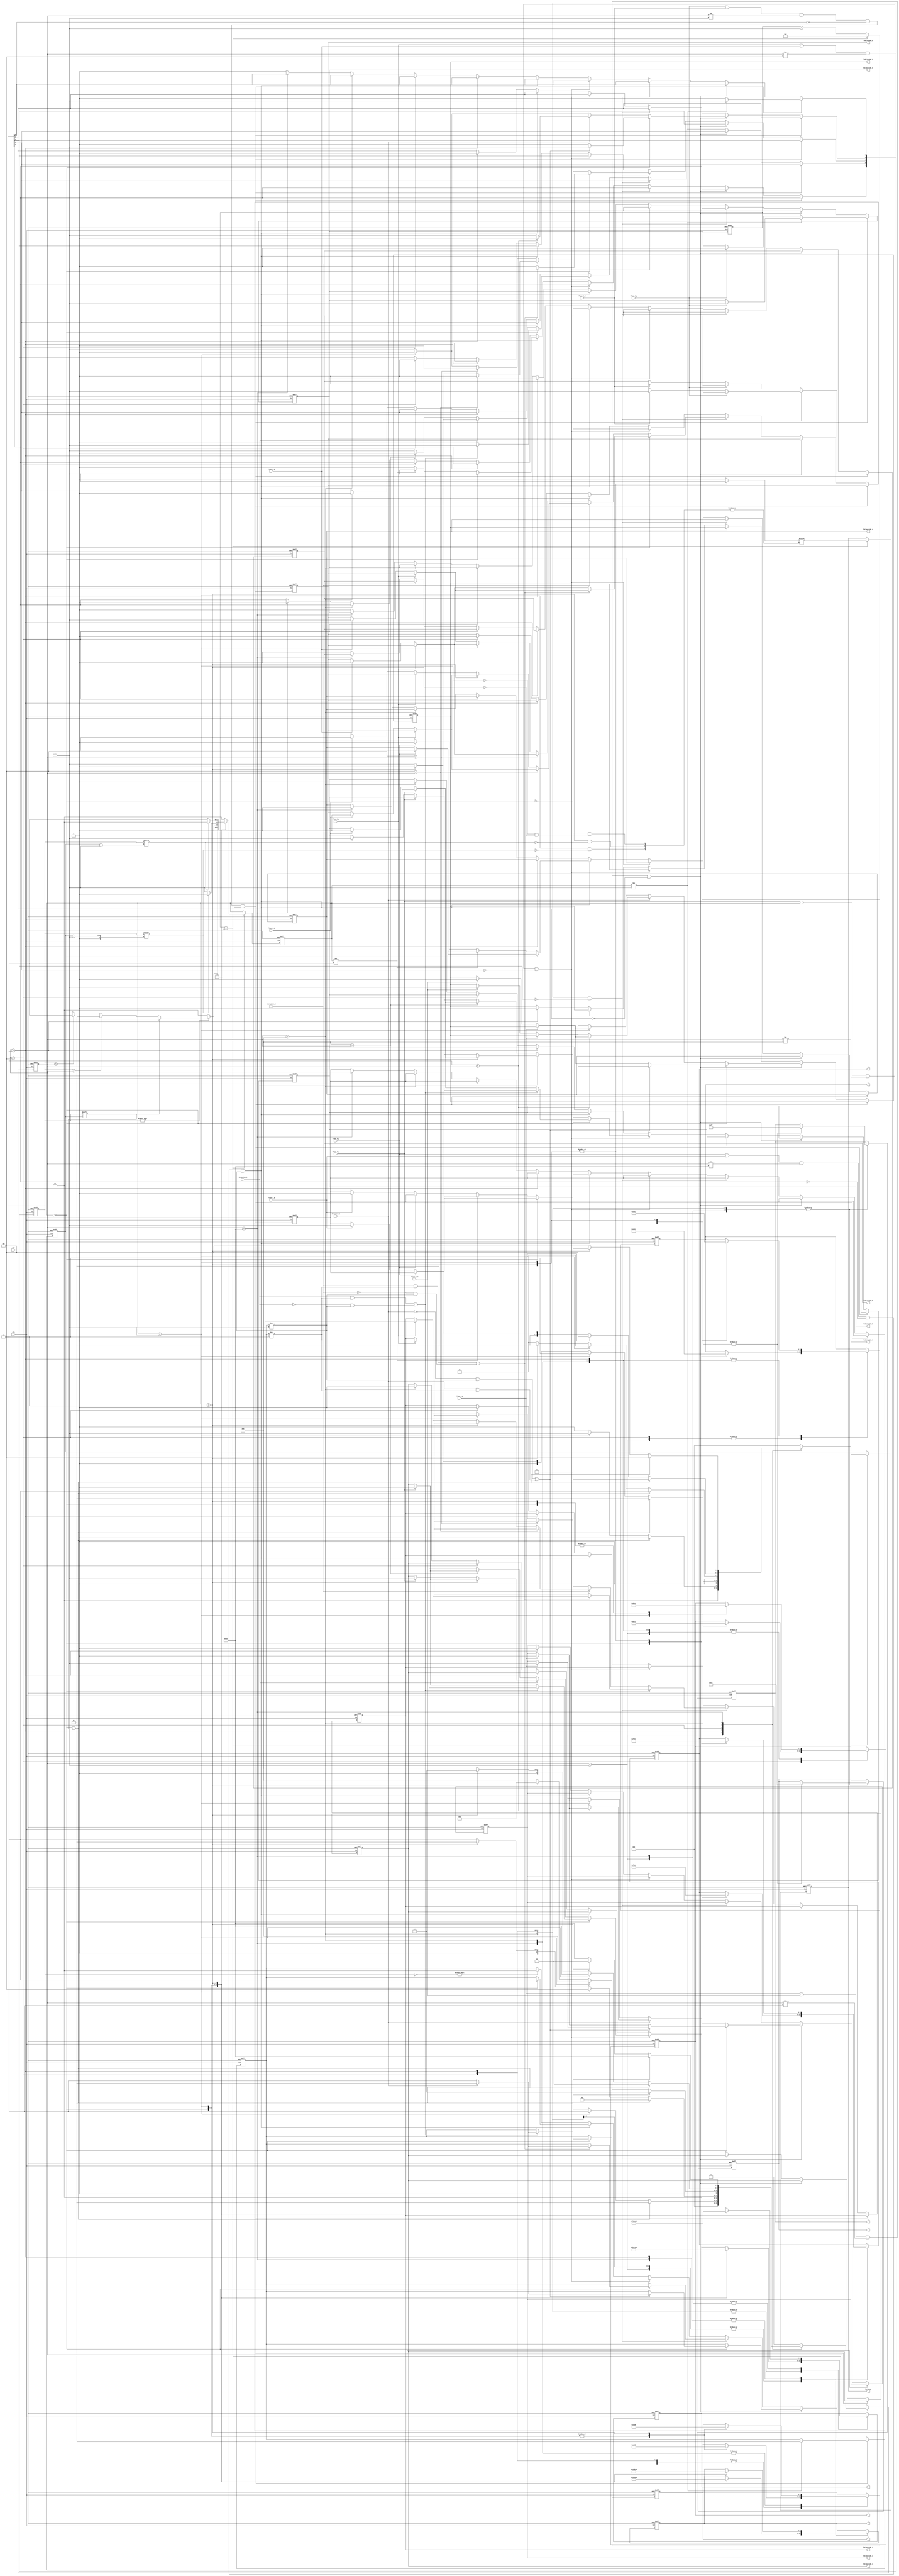
`timescale 1ns / 1ps

module elevator_control_module(
    input rst,
    input clk,
    input floor_0_p, floor_1_p, floor_2_p, floor_3_p, floor_4_p,
    input direction_1, direction_2, direction_3,
    input floor_0_d ,floor_1_d, floor_2_d,floor_3_d, floor_4_d,
    output reg led_inside_0, led_inside_1, led_inside_2, led_inside_3, led_inside_4,
    output reg led_outside_0, led_outside_1, led_outside_2, led_outside_3, led_outside_4,
    output reg led_busy,
    output reg [7:0] a, b, c, d, e, f, g, p
    );

    parameter FL_IDX0 = 3'b000, FL_IDX1 = 3'b001, FL_IDX2 = 3'b010, FL_IDX3 = 3'b011, FL_IDX4 = 3'b100; // floor indices
    parameter FLOOR0 = 5'b00001, FLOOR1 = 5'b00010, FLOOR2 = 5'b00100, FLOOR3 = 5'b01000, FLOOR4 = 5'b10000; // floors
    parameter IDLE = 2'b00, UP = 2'b01, DOWN = 2'b10; // states
    
    reg [4:0] current_floor;
    reg [4:0] next_floor;
    reg [2:0] current_fl_idx, next_fl_idx;
    
    reg [1:0] current_state;
    reg [1:0] next_state;
    reg [1:0] intermediate_state;
    
    //counter to slow the input clock
    reg [7:0] counter;
    
    // floor states
    reg [4:0] call_floor;
    
    //busy state
    reg busy_state;
    
    //sequential part - state transitions
    always@(posedge clk or negedge rst)
    begin
        if (~rst)begin
            current_floor <= FLOOR0;
            current_fl_idx <= FL_IDX0;
            current_state <= IDLE;
            led_busy <= 0;
            counter <= 0;
        end
        else begin
            if(counter == 8'b11111010) begin	 // if equal to 250
                // status change
                current_state <= next_state;
                // led busy change
                led_busy <= busy_state;
                // floor change
                current_floor <= next_floor;
                current_fl_idx <= next_fl_idx;
                // restart counter
                counter <= 0;
            end
            else counter <= counter + 1; // if not 250 add 1
        end
    end
    
    // next floor definitions
    always @(*)
    begin
      case(current_floor)
        FLOOR0:begin
            if(current_state == IDLE || call_floor[current_fl_idx])begin
                next_floor <= FLOOR0;
                next_fl_idx <= FL_IDX0;
            end 
            else if(current_state == UP)begin
                next_floor <= FLOOR1;
                next_fl_idx <= FL_IDX1;
            end
            else begin
                next_floor <= FLOOR0;
                next_fl_idx <= FL_IDX0;
            end
         end
        FLOOR1:begin
            if(current_state == IDLE || call_floor[current_fl_idx])begin
                next_floor <= FLOOR1;
                next_fl_idx <= FL_IDX1;
            end
            else if(current_state == UP)begin 
                next_floor <= FLOOR2;
                next_fl_idx <= FL_IDX2;
            end
            else if(current_state == DOWN)begin 
                next_floor <= FLOOR0;
                next_fl_idx <= FL_IDX0;
            end
            else begin
                next_floor <= FLOOR1;
                next_fl_idx <= FL_IDX1;
            end
        end
        FLOOR2:begin
            if(current_state == IDLE || call_floor[current_fl_idx])begin
                next_floor <= FLOOR2;
                next_fl_idx <= FL_IDX2;
            end
            else if(current_state == UP)begin 
                next_floor <= FLOOR3;
                next_fl_idx <= FL_IDX3;
            end
            else if(current_state == DOWN)begin 
                next_floor <= FLOOR1;
                next_fl_idx <= FL_IDX1;
            end
            else begin
                next_floor <= FLOOR3;
                next_fl_idx <= FL_IDX3;
            end
        end
        FLOOR3:begin;
            if(current_state == IDLE || call_floor[current_fl_idx])begin 
                next_floor <= FLOOR3;
                next_fl_idx <= FL_IDX3;
            end
            else if(current_state == UP)begin 
                next_floor <= FLOOR4;
                next_fl_idx <= FL_IDX4;
            end
            else if(current_state == DOWN)begin 
                next_floor <= FLOOR2;
                next_fl_idx <= FL_IDX2;
            end
            else begin
                next_floor <= FLOOR3;
                next_fl_idx <= FL_IDX3;
            end
        end
        FLOOR4:begin
            if(current_state == IDLE || call_floor[current_fl_idx])begin // if idle state or there is a call here
                next_floor <= FLOOR4; 
                next_fl_idx <= FL_IDX4;
            end
            else if(current_state == DOWN)begin 
                next_floor <= FLOOR3;
                next_fl_idx <= FL_IDX3;
            end
            else begin
                next_floor <= FLOOR4; 
                next_fl_idx <= FL_IDX4;
            end
        end
        default: begin
            next_floor <= FLOOR0;
            next_fl_idx <= FL_IDX0;
        end
      endcase
    end

    // Status state machine
    always@ (*)begin
        case (current_state)
            IDLE:begin
                busy_state <= 0;
                if(call_floor)begin // there is a call
                    if(call_floor[current_fl_idx]) next_state = IDLE; // call is at current floor
                    else if(call_floor > current_floor) next_state = UP; // call is at upper floors
                    else if (call_floor < current_floor) next_state = DOWN; // call is at lower floors
                    else next_state = IDLE;
                end
                else next_state <= IDLE;
            end
            UP:begin
                if(call_floor[current_fl_idx+1])begin
                    next_state <= IDLE; // there is a call at one upper floor
                    busy_state <= 1;
                end
                else next_state <= UP;
            end
            DOWN:begin
                if(call_floor[current_fl_idx-1])begin 
                    next_state <= IDLE; // there is a call at one lower floor
                    busy_state <= 1;
                end
                else next_state <= DOWN;
            end
            default: next_state <= IDLE;
        endcase
    end
    
    // ELEVATOR CALLING
    always @(posedge clk or negedge rst)begin
    if(~rst)begin
        call_floor <= 0;
        intermediate_state <= IDLE; // NEW
        led_outside_0 <= 0;
        led_outside_1 <= 0;
        led_outside_2 <= 0;
        led_outside_3 <= 0;
        led_outside_4 <= 0;
        led_inside_0 <= 0;
        led_inside_1 <= 0;
        led_inside_2 <= 0;
        led_inside_3 <= 0;
        led_inside_4 <= 0;
    end
    else if((floor_0_p || floor_0_d) && current_floor != FLOOR0 && ~call_floor[0] && intermediate_state != DOWN)begin // floor_0_p (lowermost floor)
        if(current_state != UP)begin
            intermediate_state <= UP;
            call_floor[0] <= 1;
            if(floor_0_p)led_outside_0 <= 1;
            else if (floor_0_d) led_inside_0 <= 1;
        end
        else begin
            call_floor[0] <= 0;
            if(floor_0_p)led_outside_0 <= 0;
            else if(floor_0_d) led_inside_0 <= 0;
        end
    end
    else if((floor_1_p || floor_1_d) && current_floor != FLOOR1 && ~call_floor[1])begin // floor_1_p
        if(current_state == IDLE)begin
            if((~direction_1 && intermediate_state!=UP) || (direction_1 && intermediate_state != DOWN))begin
                if(~direction_1) intermediate_state <= DOWN;
                else intermediate_state <= UP;
                call_floor[1] <= 1;
                if(floor_1_p)led_outside_1 <= 1;
                else if(floor_1_d) led_inside_1 <= 1;
            end
            else begin
                call_floor[1] <= 0;
                if(floor_1_p)led_outside_1 <= 0;
                else if(floor_1_d)led_inside_1 <= 0;
            end
        end
        else if(~direction_1)begin // go down
            if(current_state == UP)begin
                call_floor[1] <= 0;
                if(floor_1_p)led_outside_1 <= 0;
                else if(floor_1_d)led_inside_1 <= 0;
            end
            else begin
                call_floor[1] <= 1;
                if(floor_1_p)led_outside_1 <= 1;
                else if(floor_1_d) led_inside_1 <= 1;
            end
        end
        else if(direction_1)begin // go up
            if(FLOOR1 < current_floor)begin
                call_floor[1] <= 0;
                if(floor_1_p)led_outside_1 <= 0;
                else if(floor_1_d) led_inside_1 <= 0;
            end
            else begin
                call_floor[1] <= 1;
                if(floor_1_p)led_outside_1 <= 1;
                else if(floor_1_d) led_inside_1 <= 1;
            end
        end
    end
    else if((floor_2_p || floor_2_d) && current_floor != FLOOR2 && ~call_floor[2])begin // floor_2_p
        if(current_state == IDLE) begin
            if((direction_2 && intermediate_state!=DOWN)|| (~direction_2 && intermediate_state != UP))begin
                if(~direction_1) intermediate_state <= DOWN;
                else intermediate_state <= UP;
                call_floor[2] <= 1;
                if(floor_2_p)led_outside_2 <= 1;
                else if(floor_2_d) led_inside_2 <= 1;
            end
            else begin
                call_floor[2] <= 0;
                if(floor_2_p)led_outside_2 <= 0;
                else if(floor_2_d) led_inside_2 <= 0;
            end
        end
        else if(~direction_2)begin // go down
            if(FLOOR2 > current_floor)begin
                call_floor[2] <= 0;
                if(floor_2_p)led_outside_2 <= 0;
                else if(floor_2_d) led_inside_2 <= 0;
            end
            else if(current_state == UP)begin
                call_floor[2] <= 0;
                if(floor_2_p)led_outside_2 <= 0;
                else if(floor_2_d) led_inside_2 <= 0;
            end
            else begin
                call_floor[2] <= 1;
                if(floor_2_p)led_outside_2 <= 1;
                else if(floor_2_d) led_inside_2 <= 1;
            end
        end
        else if(direction_2)begin // go up
            if(FLOOR2 < current_floor)begin
                call_floor[2] <= 0;
                if(floor_2_p)led_outside_2 <= 0;
                else if(floor_3_d) led_inside_2 <= 0;
            end
            else if(current_state == DOWN)begin
                call_floor[2] <= 0;
                if(floor_2_p)led_outside_2 <= 0;
                else if(floor_3_d) led_inside_2 <= 0;
            end
            else begin
                call_floor[2] <= 1;
                if(floor_2_p)led_outside_2 <= 1;
                else if(floor_3_d) led_inside_2 <= 1;
            end
        end
    end
    else if((floor_3_p || floor_3_d) && current_floor != FLOOR3 && ~call_floor[3])begin// floor_3_p
        if(current_state == IDLE)begin
            if((direction_3 && intermediate_state!=DOWN) || (~direction_3 && intermediate_state!=UP))begin
                if(~direction_1) intermediate_state <= DOWN;
                else intermediate_state <= UP;
                call_floor[3] <= 1;
                if(floor_3_p)led_outside_3 <= 1;
                else if(floor_3_d) led_inside_3 <= 1;
            end
            else begin
                call_floor[3] <= 0;
                if(floor_3_p)led_outside_3 <= 0;
                else if(floor_3_d) led_inside_3 <= 0;
            end
        end
        else if(~direction_3)begin // go down
            if(FLOOR3 > current_floor)begin
                call_floor[3] <= 0;
                if(floor_3_p)led_outside_3 <= 0;
                else if(floor_3_d) led_inside_3 <= 0;
            end
            else begin
                call_floor[3] <= 1;
                if(floor_3_p)led_outside_3 <= 1;
                else if(floor_3_d) led_inside_3 <= 1;
            end
        end
        else if(direction_3)begin // go up
            if(current_state == DOWN)begin
                call_floor[3] <= 0;
                if(floor_3_p)led_outside_3 <= 0;
                else if(floor_3_d) led_inside_3 <= 0;
            end
            else begin
                call_floor[3] <= 1;
                if(floor_3_p)led_outside_3 <= 1;
                else if(floor_3_d) led_inside_3 <= 1;
            end
        end
    end
    else if((floor_4_p || floor_4_d) && current_floor != FLOOR4 && ~call_floor[4] && intermediate_state != UP)begin // floor_4_p (uppermost floor)
        if(current_state == IDLE)begin
            intermediate_state <= DOWN;
            call_floor[4] <= 1;
            if(floor_4_p)led_outside_4 <= 1;
            else if(floor_4_d) led_inside_4 <= 1;
        end
        else if(current_state != DOWN)begin
            call_floor[4] <= 1;
            if(floor_4_p)led_outside_4 <= 1;
            else if(floor_4_d) led_inside_4 <= 1;
        end
        else begin
            call_floor[4] <= 0;
            if(floor_4_p)led_outside_4 <= 0;
            else if(floor_4_d) led_inside_4 <= 0;
        end
    end
    else begin
        if(current_floor == FLOOR1)begin // floor is 1
            call_floor[1] <= 0;
            led_outside_1 <= 0;
            led_inside_1 <= 0;
        end
        else if(current_floor == FLOOR2)begin // floor is 2
            call_floor[2] <= 0;
            led_outside_2 <= 0;
            led_inside_2 <= 0;
        end
        else if(current_floor == FLOOR3)begin // floor is 3
            call_floor[3] <= 0;
            led_outside_3 <= 0;
            led_inside_3 <= 0;
        end
        else if(current_floor == FLOOR4)begin // floor is 4
            call_floor[4] <= 0;
            led_outside_4 <= 0;
            led_inside_4 <= 0;
        end
        else begin // floor is 0
            call_floor[0] <= 0;
            led_outside_0 <= 0;
            led_inside_0 <= 0;
        end
        if(~call_floor) intermediate_state <= IDLE;
        else begin end
    end
end

// Seven segment display
always @ (posedge clk or negedge rst) begin
	if(~rst) begin
		a <= 8'b11111111;
		b <= 8'b11111111;
		c <= 8'b11111111;
		d <= 8'b11111111;
		e <= 8'b11111111;
		f <= 8'b11111111;
		g <= 8'b11111111;
		p <= 8'b11111111;
	end
	else begin 
	case(current_floor)
	   FLOOR0: begin // FL-0 
	       case(current_state)
	        IDLE: begin //--Id     
	           a <= 8'b11110110;
	           b <= 8'b11001110;
	           c <= 8'b11001110;
	           d <= 8'b11101010;
	           e <= 8'b11100010;
	           f <= 8'b11110010;
	           g <= 8'b11100111;
	           p <= 8'b11111111;
	       end
	       UP: begin //--UP
	           a <= 8'b11100110;
	           b <= 8'b11001110;
	           c <= 8'b11011110;
	           d <= 8'b11011010;
	           e <= 8'b11000010;
	           f <= 8'b11000010;
	           g <= 8'b11100111;
	           p <= 8'b11111111;
	       end 
	       DOWN: begin //--dO
	           a <= 8'b11100110;
	           b <= 8'b11001110;
	           c <= 8'b11001110;
	           d <= 8'b11001010;
	           e <= 8'b11000010;
	           f <= 8'b11100010;
	           g <= 8'b11010111;
	           p <= 8'b11111111;
	       end
	       endcase
	   end
	   FLOOR1: begin // FL-1
	       case(current_state)
	        IDLE: begin //--Id
	           a <= 8'b11110111;
	           b <= 8'b11001110;
	           c <= 8'b11001110;
	           d <= 8'b11101011;
	           e <= 8'b11100011;
	           f <= 8'b11110011;
	           g <= 8'b11100111;
	           p <= 8'b11111111;
	       end
	       UP: begin //--UP
	           a <= 8'b11100111;
	           b <= 8'b11001110;
	           c <= 8'b11011110;
	           d <= 8'b11011011;
	           e <= 8'b11000011;
	           f <= 8'b11000011;
	           g <= 8'b11100111;
	           p <= 8'b11111111;
	       end 
	       DOWN: begin //--dO
	           a <= 8'b11100111;
	           b <= 8'b11001110;
	           c <= 8'b11001110;
	           d <= 8'b11001011;
	           e <= 8'b11000011;
	           f <= 8'b11100011;
	           g <= 8'b11010111;
	           p <= 8'b11111111;
	       end
	       endcase
	    end
	   FLOOR2: begin // FL-2
	        case(current_state)
	        IDLE: begin //--Id
	           a <= 8'b11110110;
	           b <= 8'b11001110;
	           c <= 8'b11001111;
	           d <= 8'b11101010;
	           e <= 8'b11100010;
	           f <= 8'b11110011;
	           g <= 8'b11100111;
	           p <= 8'b11111111;
	       end
	       UP: begin //--UP
	           a <= 8'b11100110;
	           b <= 8'b11001110;
	           c <= 8'b11011111;
	           d <= 8'b11011010;
	           e <= 8'b11000010;
	           f <= 8'b11000011;
	           g <= 8'b11100111;
	           p <= 8'b11111111;
	       end 
	       DOWN: begin //--dO
	           a <= 8'b11100110;
	           b <= 8'b11001110;
	           c <= 8'b11001111;
	           d <= 8'b11001010;
	           e <= 8'b11000010;
	           f <= 8'b11100011;
	           g <= 8'b11010111;
	           p <= 8'b11111111;
	       end
	      endcase
	   end
	   FLOOR3: begin  // FL-3
	    case(current_state)
	       IDLE: begin //--Id
	           a <= 8'b11110110;
	           b <= 8'b11001110;
	           c <= 8'b11001110;
	           d <= 8'b11101010;
	           e <= 8'b11100011;
	           f <= 8'b11110011;
	           g <= 8'b11100110;
	           p <= 8'b11111111;
	       end
	       UP: begin //--UP
	           a <= 8'b11100110;
	           b <= 8'b11001110;
	           c <= 8'b11011110;
	           d <= 8'b11011010;
	           e <= 8'b11000011;
	           f <= 8'b11000011;
	           g <= 8'b11100110;
	           p <= 8'b11111111;
	       end 
	       DOWN: begin //--dO
	           a <= 8'b11100110;
	           b <= 8'b11001110;
	           c <= 8'b11001110;
	           d <= 8'b11001010;
	           e <= 8'b11000011;
	           f <= 8'b11100011;
	           g <= 8'b11010110;
	           p <= 8'b11111111;
	       end
	       endcase
	   end
	   FLOOR4: begin // FL-4
	       case(current_state)
	        IDLE: begin //--Id
	           a <= 8'b11110111;
	           b <= 8'b11001110;
	           c <= 8'b11001110;
	           d <= 8'b11101011;
	           e <= 8'b11100011;
	           f <= 8'b11110010;
	           g <= 8'b11100110;
	           p <= 8'b11111111;
	       end
	       UP: begin //--UP
	           a <= 8'b11100111;
	           b <= 8'b11001110;
	           c <= 8'b11011110;
	           d <= 8'b11011011;
	           e <= 8'b11000011;
	           f <= 8'b11000010;
	           g <= 8'b11100110;
	           p <= 8'b11111111;
	       end 
	       DOWN: begin //--dO
	           a <= 8'b11100111;
	           b <= 8'b11001110;
	           c <= 8'b11001110;
	           d <= 8'b11001011;
	           e <= 8'b11000011;
	           f <= 8'b11100010;
	           g <= 8'b11010110;
	           p <= 8'b11111111;
	       end
	       endcase
	end
	endcase
	end
end
endmodule